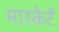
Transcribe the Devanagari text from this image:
मारकेटें